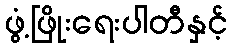
ဖွံ့ဖြိုးရေးပါတီနှင့်